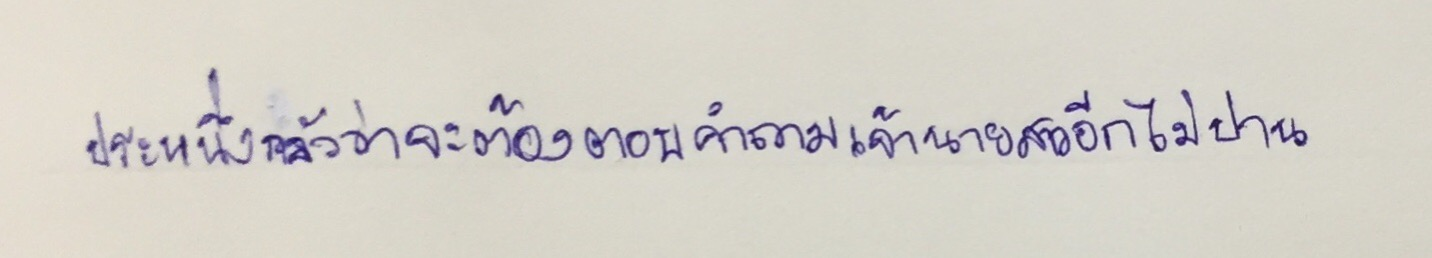
ประหนึ่งกลัวว่าจะต้องตอบคำถามเจ้านายสาวอีกก็ไม่ปาน